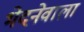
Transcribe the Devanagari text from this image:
भेदनेवाला